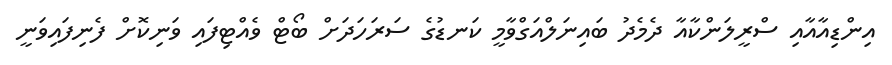
އިންޑިއާއާއި ސްރީލަންކާއާ ދެމެދު ބައިނަލްއަގްވާމީ ކަނޑުގެ ސަރަހަދަށް ބޯޓް ވެއްޓިފައި ވަނިކޮށް ފެނިފައިވަނީ